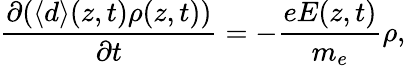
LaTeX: \frac{\partial(\langle d\rangle(z,t)\rho(z,t))}{\partial t}=-\frac{eE(z,t)}{m_{e}}\rho,